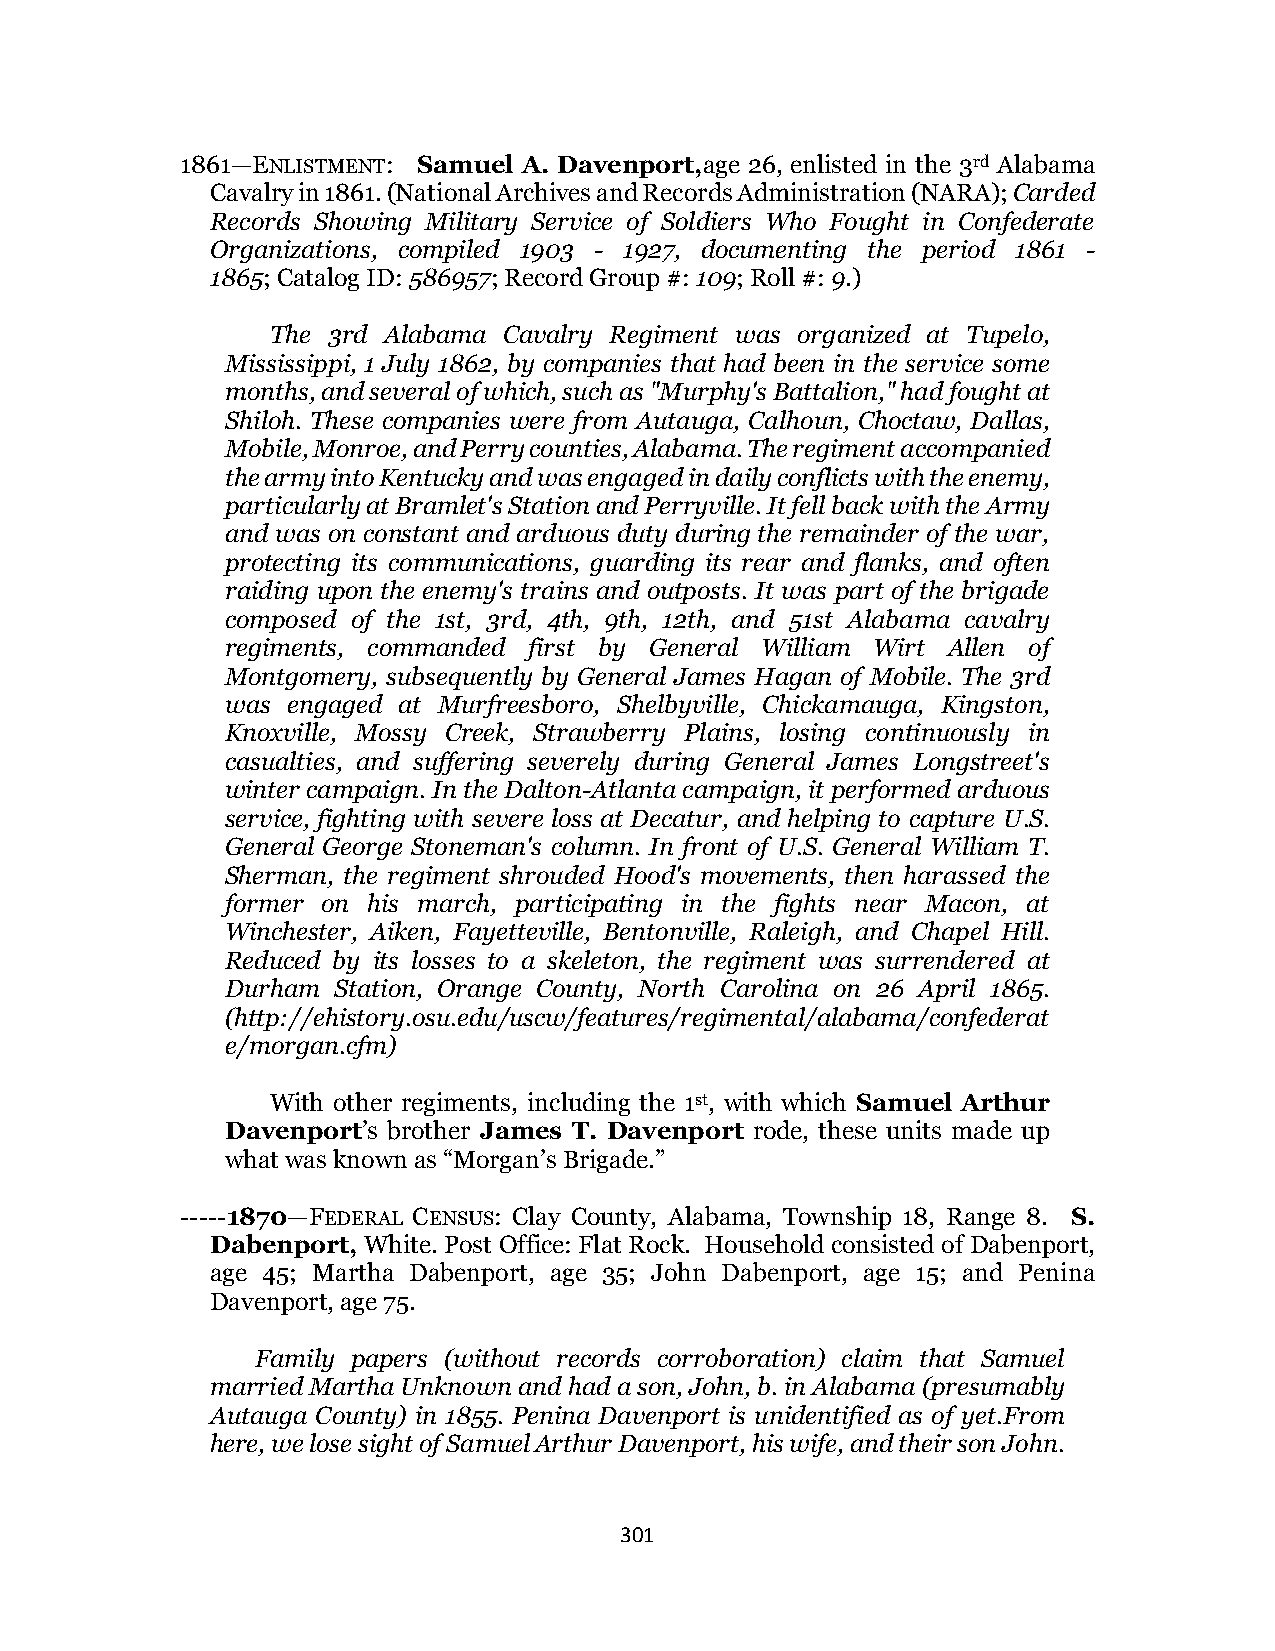
1861—ENLISTMENT: Samuel A. Davenport,age 26, enlisted in the 3rd Alabama
 Cavalry in 1861. (National Archives and Records Administration (NARA); Carded
 Records Showing Military Service of Soldiers Who Fought in Confederate
 Organizations, compiled 1903 - 1927, documenting the period 1861 -
 1865; Catalog ID: 586957; Record Group #: 109; Roll #: 9.)
 The 3rd Alabama Cavalry Regiment was organized at Tupelo,
 Mississippi, 1 July 1862, by companies that had been in the service some
 months, and several of which, such as "Murphy's Battalion," had fought at
 Shiloh. These companies were from Autauga, Calhoun, Choctaw, Dallas,
 Mobile, Monroe, and Perry counties, Alabama. The regiment accompanied
 the army into Kentucky and was engaged in daily conflicts with the enemy,
 particularly at Bramlet's Station and Perryville. It fell back with the Army
 and was on constant and arduous duty during the remainder of the war,
 protecting its communications, guarding its rear and flanks, and often
 raiding upon the enemy's trains and outposts. It was part of the brigade
 composed of the 1st, 3rd, 4th, 9th, 12th, and 51st Alabama cavalry
 regiments, commanded first by General William Wirt Allen of
 Montgomery, subsequently by General James Hagan of Mobile. The 3rd
 was engaged at Murfreesboro, Shelbyville, Chickamauga, Kingston,
 Knoxville, Mossy Creek, Strawberry Plains, losing continuously in
 casualties, and suffering severely during General James Longstreet's
 winter campaign. In the Dalton-Atlanta campaign, it performed arduous
 service, fighting with severe loss at Decatur, and helping to capture U.S.
 General George Stoneman's column. In front of U.S. General William T.
 Sherman, the regiment shrouded Hood's movements, then harassed the
 former on his march, participating in the fights near Macon, at
 Winchester, Aiken, Fayetteville, Bentonville, Raleigh, and Chapel Hill.
 Reduced by its losses to a skeleton, the regiment was surrendered at
 Durham Station, Orange County, North Carolina on 26 April 1865.
 (http://ehistory.osu.edu/uscw/features/regimental/alabama/confederat
 e/morgan.cfm)
 With other regiments, including the 1st, with which Samuel Arthur
 Davenport’s brother James T. Davenport rode, these units made up
 what was known as “Morgan’s Brigade.”
 -----1870—FEDERAL CENSUS: Clay County, Alabama, Township 18, Range 8. S.
 Dabenport, White. Post Office: Flat Rock. Household consisted of Dabenport,
 age 45; Martha Dabenport, age 35; John Dabenport, age 15; and Penina
 Davenport, age 75.
 Family papers (without records corroboration) claim that Samuel
 married Martha Unknown and had a son, John, b. in Alabama (presumably
 Autauga County) in 1855. Penina Davenport is unidentified as of yet.From
 here, we lose sight of Samuel Arthur Davenport, his wife, and their son John.
 301